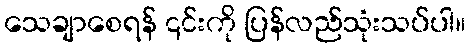
သေချာစေရန် ၎င်းကို ပြန်လည်သုံးသပ်ပါ။